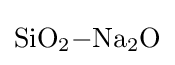
{\mathrm {SiO} {\vphantom {A}}_{\smash[{t}]{2}}{-}\mathrm {Na} {\vphantom {A}}_{\smash[{t}]{2}}\mathrm {O} }